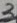
Text: 3